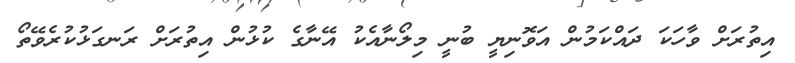
އިތުރަށް ވާހަކަ ދައްކަމުން އަވޮނިޔީ ބުނީ މިލޯނާއެކު އޭނާގެ ކުޅުން އިތުރަށް ރަނގަޅުކުރެވޭތޯ